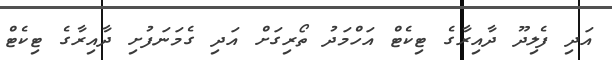
އަދި ފެލިދޫ ދާއިރާގެ ޓިކެޓް އަހްމަދު ތޯރިގަށް އަދި ގެމަނަފުށި ދާއިރާގެ ޓިކެޓް